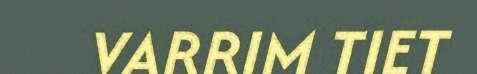
VARRIM TIET